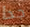
جدا